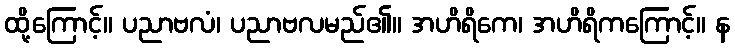
ထို့ကြောင့်။ ပညာဗလံ၊ ပညာဗလမည်၏။ အဟိရိကေ၊ အဟိရိကကြောင့်။ န